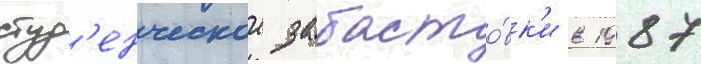
студ'енческои забасто́вк'и в 1987